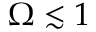
\Omega \lesssim 1